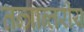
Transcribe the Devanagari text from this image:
तन्त्रान्तरीय